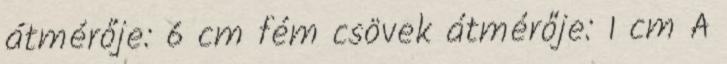
átmérője: 6 cm fém csövek átmérője: 1 cm A